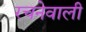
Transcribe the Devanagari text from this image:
रचनेवाली